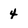
Character: 4